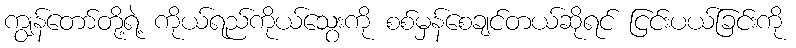
ကျွန်တော်တို့ရဲ့ ကိုယ်ရည်ကိုယ်သွေးကို စစ်မှန်စေချင်တယ်ဆိုရင် ငြင်းပယ်ခြင်းကို